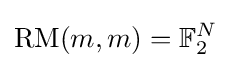
\mathrm {RM} (m,m)=\mathbb {F} _{2}^{N}